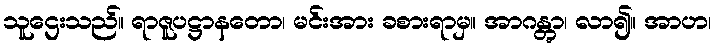
သူဌေးသည်။ ရာဇူပဋ္ဌာနတော၊ မင်းအား ခစားရာမှ။ အာဂန္တွာ၊ လာ၍။ အာဟ၊